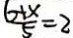
\frac { 6 + x } { 5 } = 2